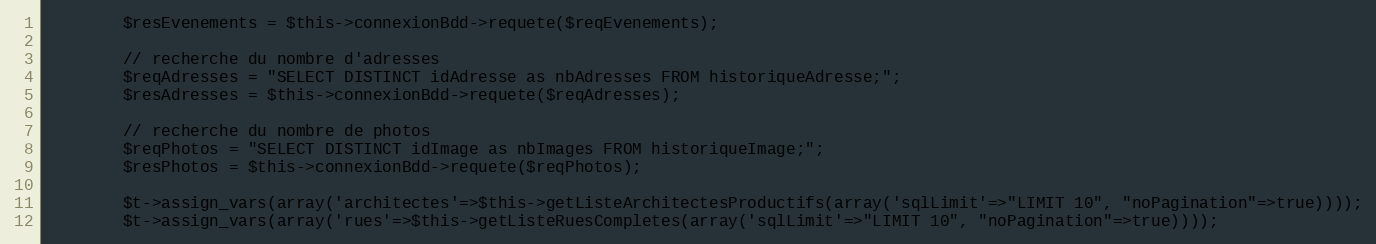
Language: PHP
		$resEvenements = $this->connexionBdd->requete($reqEvenements);

		// recherche du nombre d'adresses
		$reqAdresses = "SELECT DISTINCT idAdresse as nbAdresses FROM historiqueAdresse;";
		$resAdresses = $this->connexionBdd->requete($reqAdresses);

		// recherche du nombre de photos
		$reqPhotos = "SELECT DISTINCT idImage as nbImages FROM historiqueImage;";
		$resPhotos = $this->connexionBdd->requete($reqPhotos);

		$t->assign_vars(array('architectes'=>$this->getListeArchitectesProductifs(array('sqlLimit'=>"LIMIT 10", "noPagination"=>true))));
		$t->assign_vars(array('rues'=>$this->getListeRuesCompletes(array('sqlLimit'=>"LIMIT 10", "noPagination"=>true))));